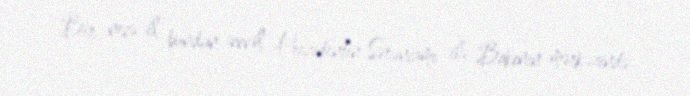
Bir neçə il bundan əvvəl Prezidentin Sərəncamı ilə Bakının mərkəzində